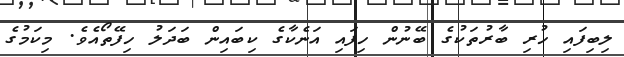
ލިބިފައި ހުރި ބާރުތަކުގެ ބޭނުން ހިފައި އަނެކާގެ ކިބައިން ބަދަލު ހިފޭތޯއެވެ. މިކަމުގެ